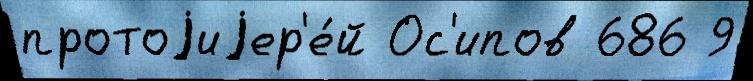
протоjиjер'е́й Ос'ипов 686 9